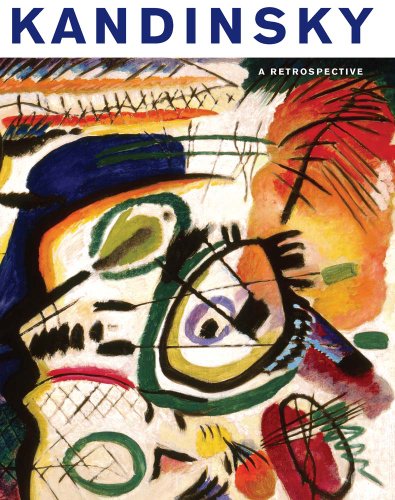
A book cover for Kandinsky: A Retrospective (Milwaukee Art Museum); Arts & Photography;